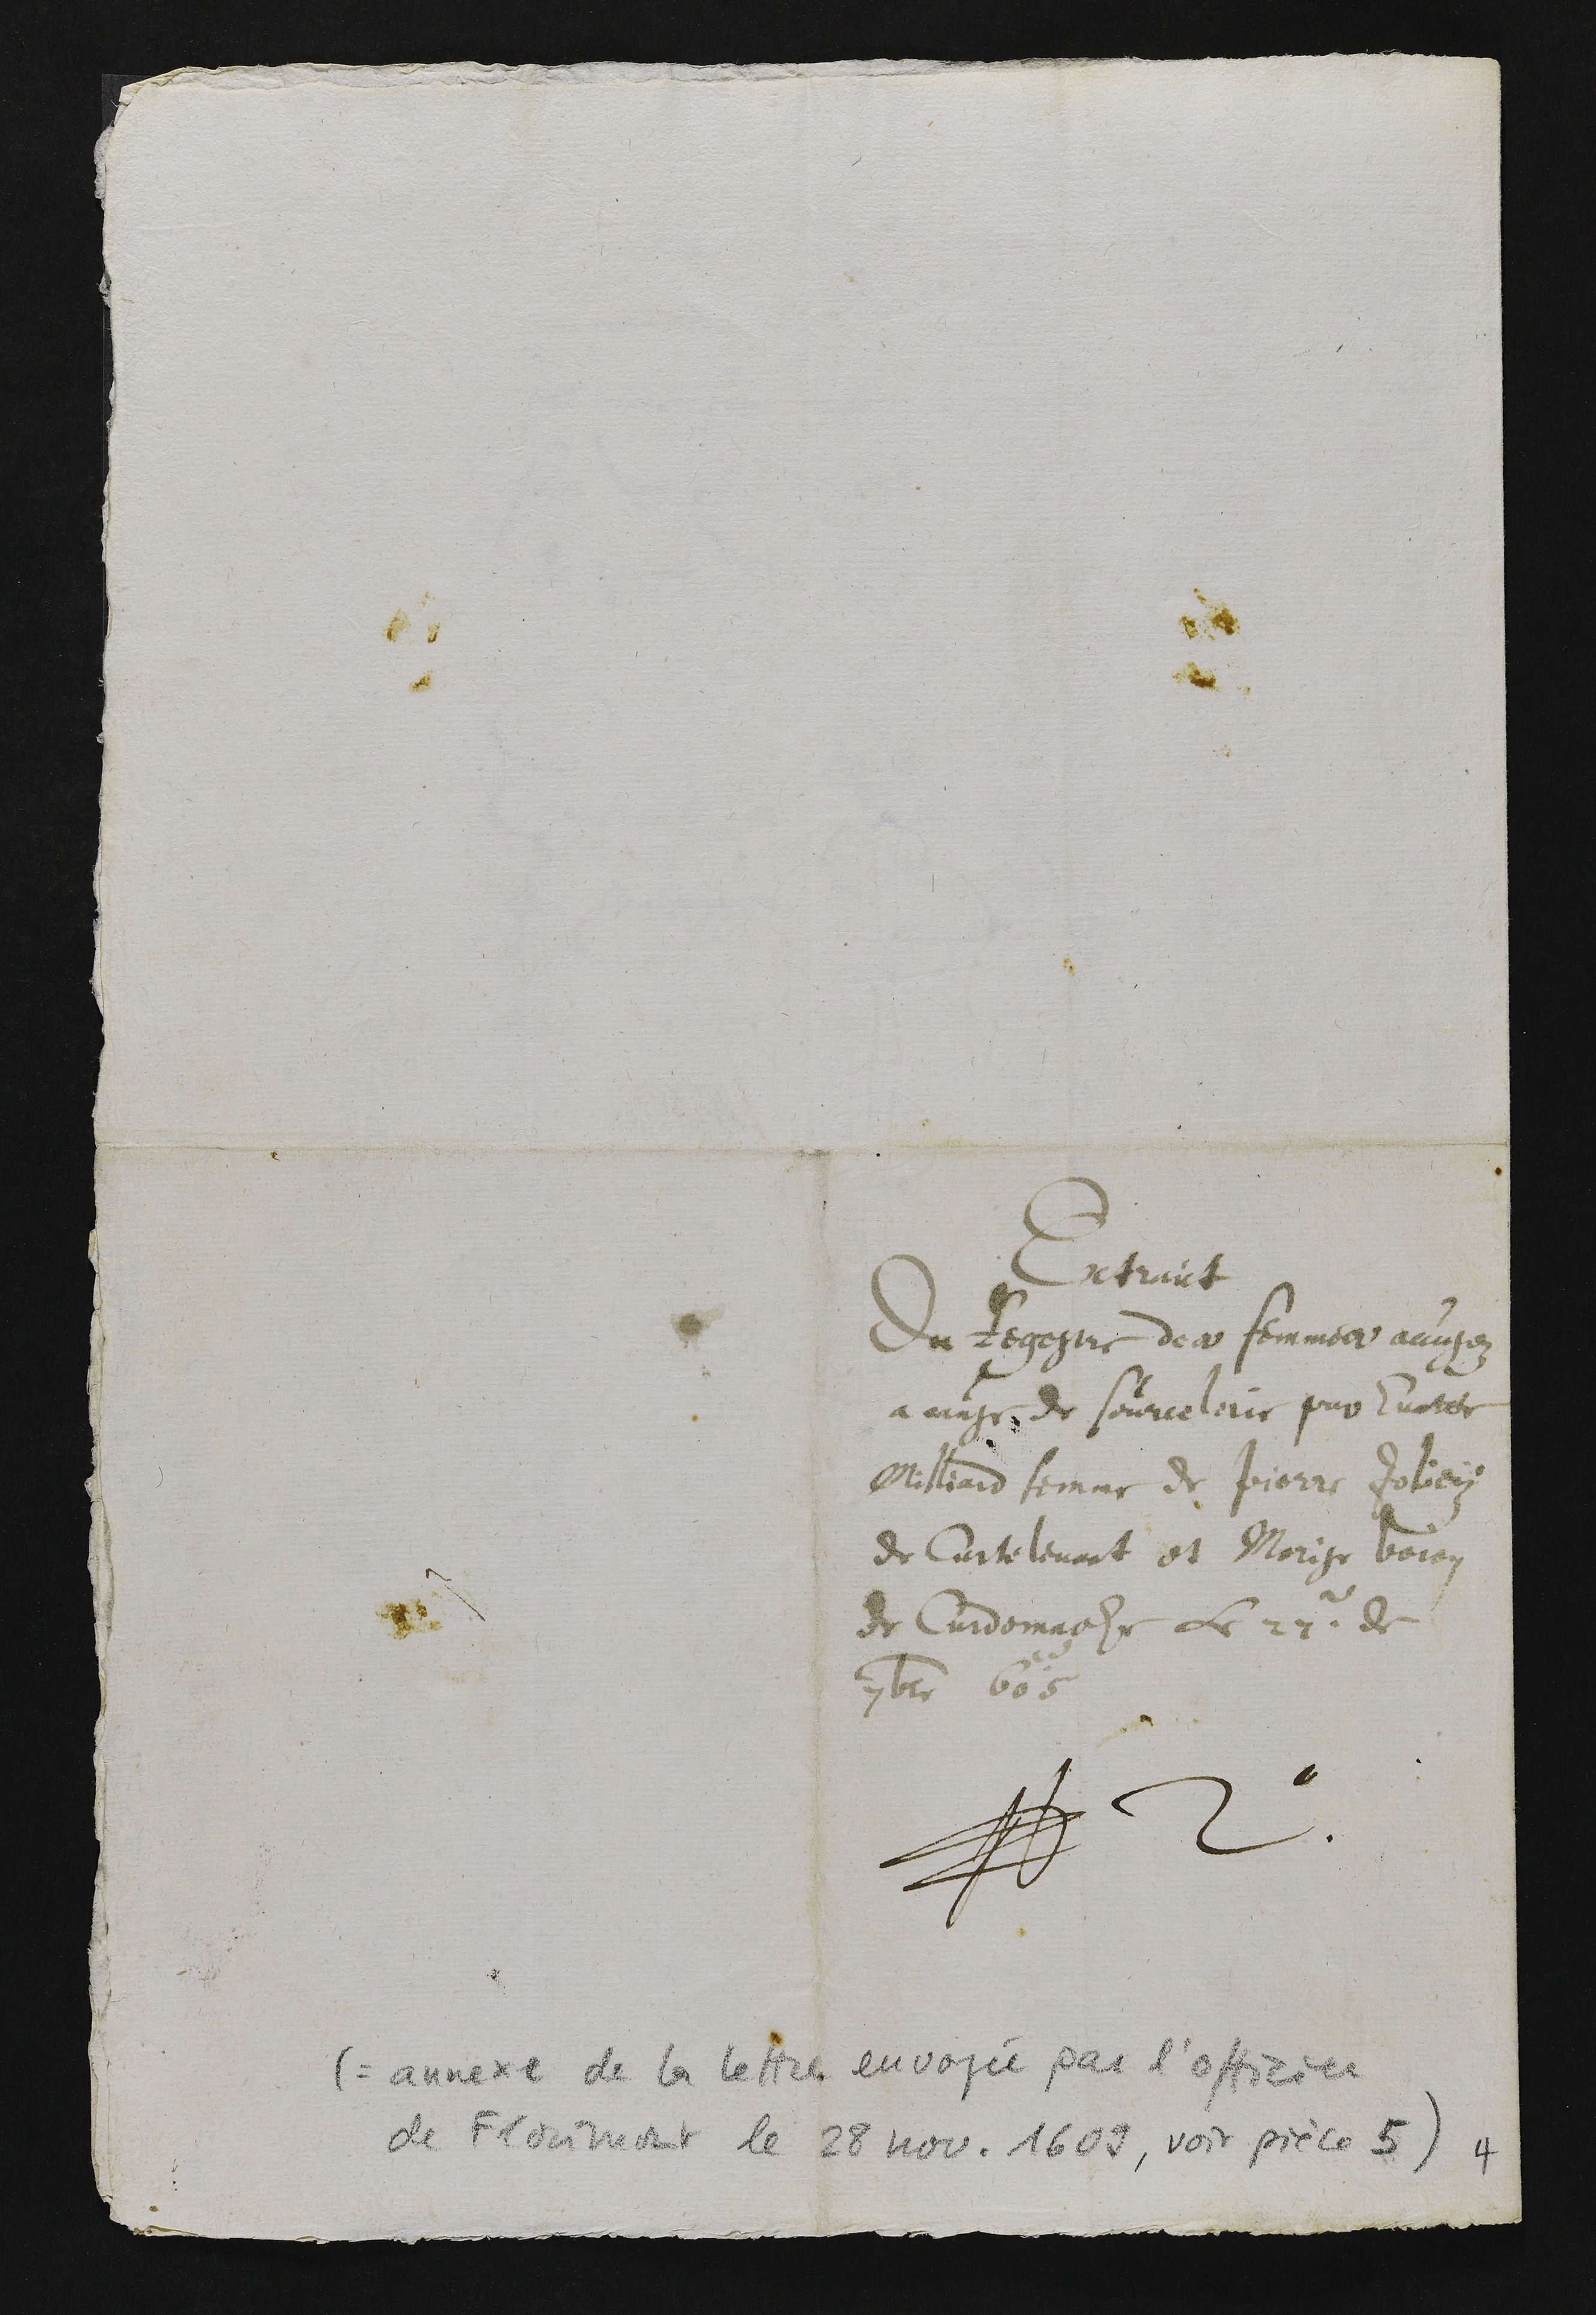
Extrait
Du Regestre des femmes accusez
a cause de sourcelerie par Evatte
Milliard femme de Pierre Joliey
de Curtelevant et Morise boion
de Curdemache Le 27e de
7bre 605
N 2
4